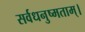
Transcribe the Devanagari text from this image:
सर्वधनुष्मताम्‌।